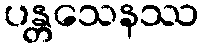
ပန္တသေနဿ